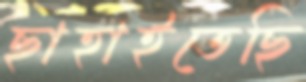
ছাহাইতেছি